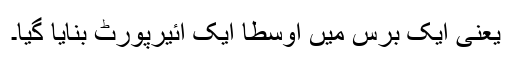
یعنی ایک برس میں اوسطاً ایک ائیرپورٹ بنایا گیا۔